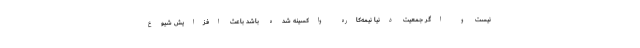
نیست و اگر جمعیت دنیا نیمه‌کاره واکسینه شده باشد باعث افزایش شیوع